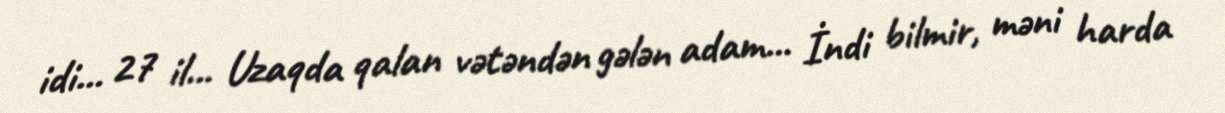
idi... 27 il... Uzaqda qalan vətəndən gələn adam... İndi bilmir, məni harda